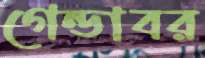
গেন্ডাবর